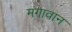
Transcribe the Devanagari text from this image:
मंगावान